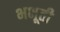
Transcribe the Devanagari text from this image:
भभूती